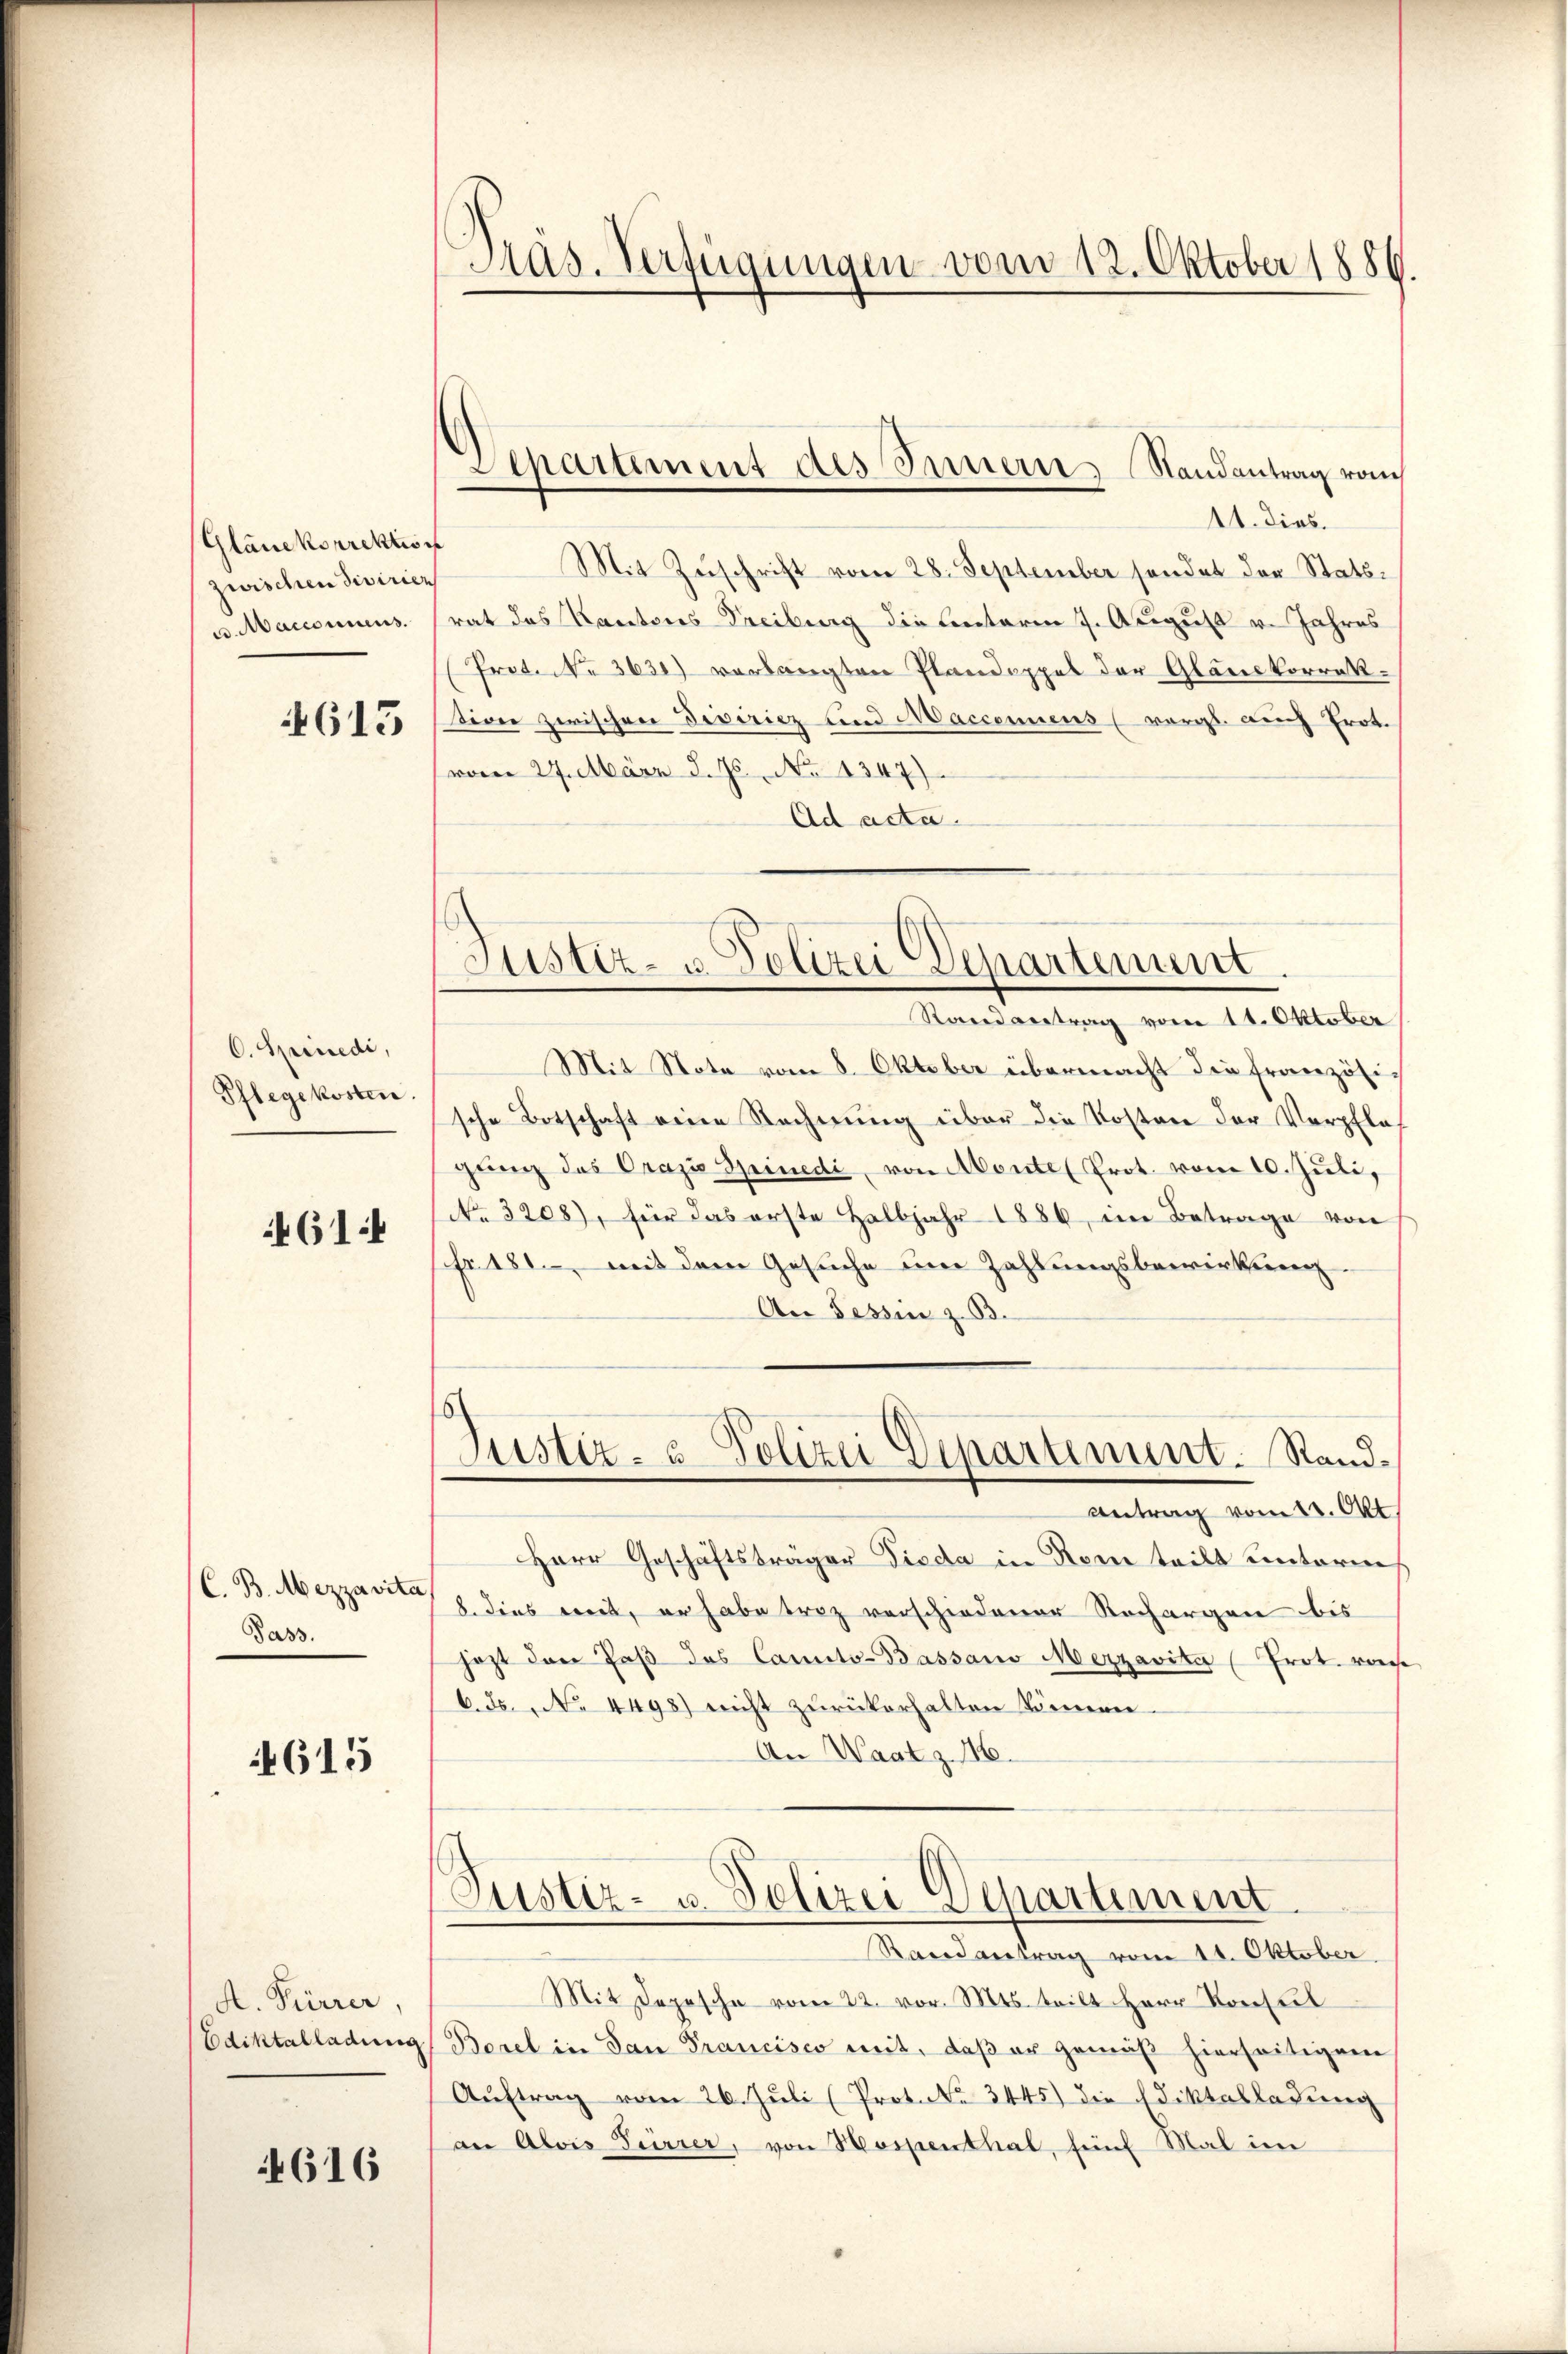
Glänckorrektion
zwischen Sivirien
u. Marconnens.

613

C. Spinedi,
Pflegekosten.

61:

C. B. Mezzavita
Pass.

615

A. Fürrer,
Ediktalladung

4616

Präs. Verfügungen vom 12. Oktober 1886.

Separtement des Innern, Randantrag vom

11. dies.
Mit Zuschrift vom 28. September sondet der Statsrat des Kantons Freiburg die Lentaren 7. August v. Jahres
Prot. No 3631) verlangten Plandoppel der Gläuckorrektione zwischen Discricz und Maccennens (vergl. auch Prot.
vom 27. März d. Js. No 1347)
Ad acta

Justiz- u. Polizei Departement.

Randvertrag vom 11. Oktober
Mit Note vom 8. Oktober übermacht die französische Botschaft eine Rechnung über die Kosten der Verpfla
gŭng des Oraz Spinedi, von Monte (Prot. vom 10. Juli,
No 3208), für das erste Halbjahr 1886, im Betrage von
fr. 181, mit dem Gesuche um Zahlungsbewirkung
An Tessin z. B.
Justiz- & Polizei Departement. Sand¬
Antrag vom 12. Okt
Herr Geschäftsträger Dieda in Rom teilt unterm
8. dies mit, er habe troz verschiedener Rechargen bis
jezt das Paβ das Canto-Bassano Mezzavita (Prot. von
6. ds. No 4498) nicht zurückerhalten können.
An Waatz. 116.

Justiz- u. Polizei Departement

Randantrag vom 11. Oktober.
Mit Depesche vom 22. vor. Mts. teilt Herr Konsul
Borel in San Francisco mit, daß er gemäß hierseitigem
Auftrag vom 26. Juli (Protoke 3445) die Ediktalladung
an Alois Dürrer, von Hospenthal, fünf Mal im